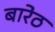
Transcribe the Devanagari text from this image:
बारेठ